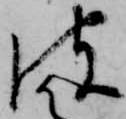
彼